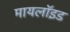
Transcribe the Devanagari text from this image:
मायलॉइड